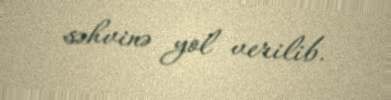
səhvinə yol verilib.